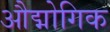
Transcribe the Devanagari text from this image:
औद्मोगिक